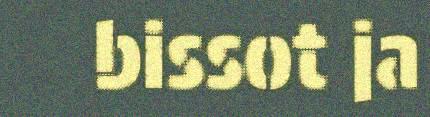
bissot ja